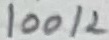
Text: 100K